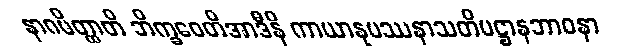
နာဂမိတ္ထာတိ ဘိက္ခဝေတိအာဒီနိ ကာယာနုပဿနာသတိပဋ္ဌာနဘာဝနာ